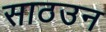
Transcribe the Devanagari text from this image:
साठउन